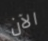
الآن